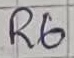
Text: R6